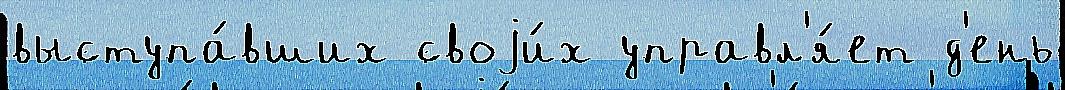
выступа́вших своjи́х управл'я́ет д'ень